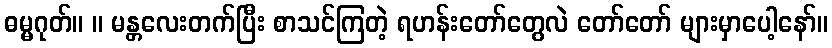
ဓမ္မဂုတ်။ ။ မန္တလေးတက်ပြီး စာသင်ကြတဲ့ ရဟန်းတော်တွေလဲ တော်တော် များမှာပေါ့နော်။